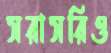
সরাসরিও